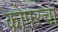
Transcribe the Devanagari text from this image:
कोपरचा